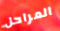
المراحل